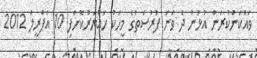
ވައްކަންކުރަން އުޅުނު ދެ ވަނަ ފުރުސަތުގެ މީހަކު ހައްޔަރުކޮށްފި 10 އެޕްރީލް 2012